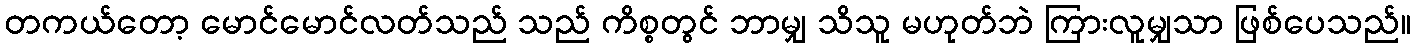
တကယ်တော့ မောင်မောင်လတ်သည် သည် ကိစ္စတွင် ဘာမျှ သိသူ မဟုတ်ဘဲ ကြားလူမျှသာ ဖြစ်ပေသည်။